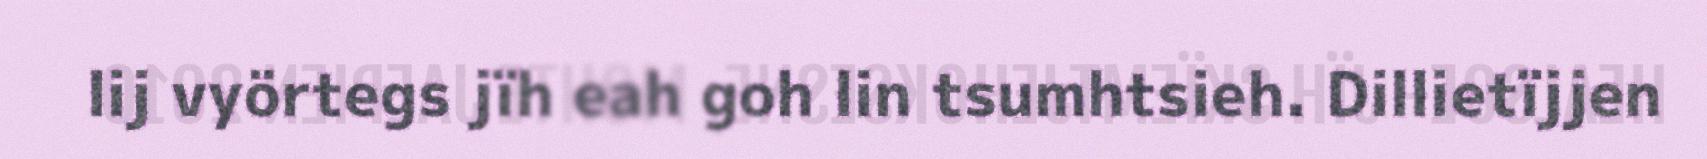
lij vyörtegs jïh eah goh lin tsumhtsieh. Dillietïjjen